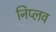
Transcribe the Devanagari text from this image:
निप्लव